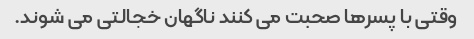
وقتی با پسرها صحبت می کنند ناگهان خجالتی می شوند.